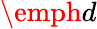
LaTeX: \emph{d}